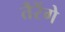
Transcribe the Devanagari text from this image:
तैरेंगे